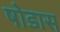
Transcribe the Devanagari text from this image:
षोडास